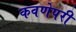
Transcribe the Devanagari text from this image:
कवणेपरी